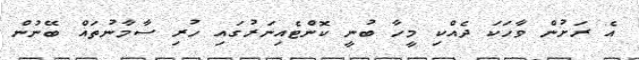
އެ ރަށުން ވާހަކަ ދެއްކި މީހާ ބުނީ ކޮންޓެއިނަރުގައި ހުރި ސާމާނުތައް ބޭނުން